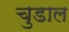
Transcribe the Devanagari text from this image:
चुडाल